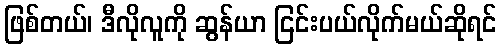
ဖြစ်တယ်၊ ဒီလိုလူကို ဆွန်ယာ ငြင်းပယ်လိုက်မယ်ဆိုရင်